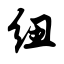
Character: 纽